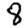
Digit: 8